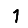
Digit: 1